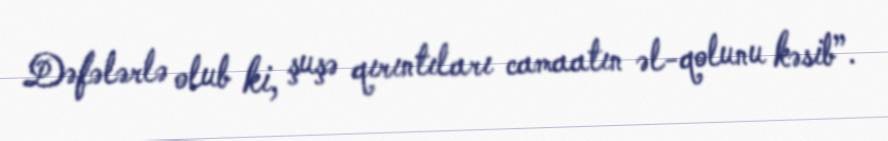
Dəfələrlə olub ki, şuşə qırıntıları camaatın əl-qolunu kəsib”.